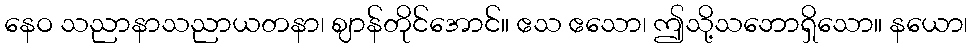
နေဝ သညာနာသညာယတနာ၊ ဈာန်တိုင်အောင်။ ဧသ ဧသော၊ ဤသို့သဘောရှိသော။ နယော၊